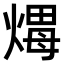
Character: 𤌖